Annual report of the Madras Medical College
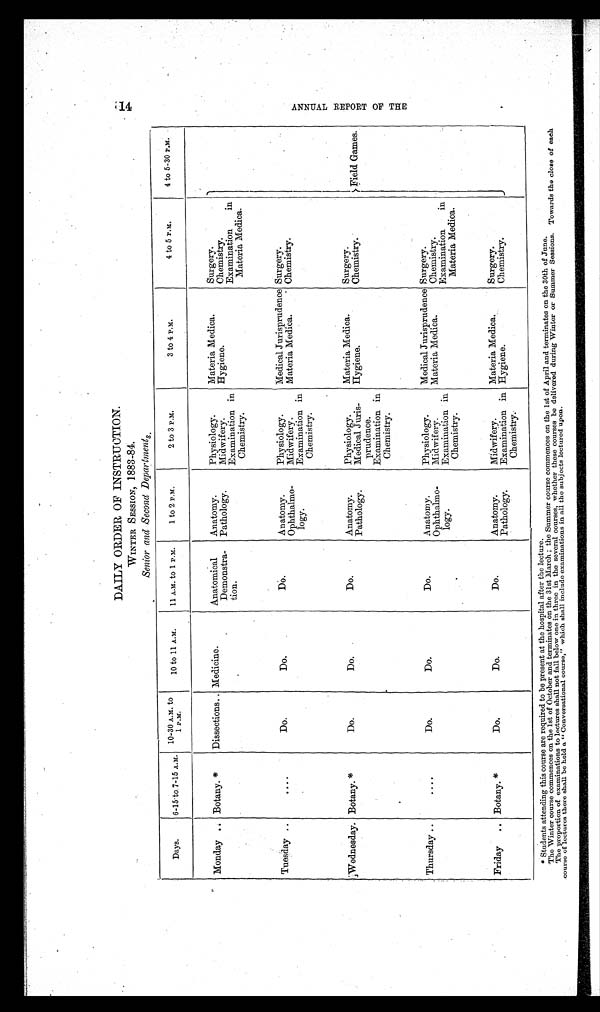
DAILY ORDER OF INSTRUCTION.
WINTER SESSION, 1883-84.
Senior and Second Departments.
Days.
6-15 to 7-15 A.M.
10-30 A .M. t o
1 P.M.
10 to 11 A.M.
11 A.M. to 1 P.M.
1 to 2 P.M.
2 to 3 P.M.
3 to 4 P.M.
4 to 5 P.M.
4 to 5-30 P.M.
Monday ..
Botany. *
Dissections. . Medicine.
Anatomical
Demonstra-
tion.
Anatomy.
Physiology.
Materia Medica.
Surgery.
Pathology.
Midwifery.
Hygiene.
Chemistry.
Examination in
Chemistry.
Examination
in
Materia Medica.
Field Games.
Tuesday ..
....
Do.
Do.
D o .
Anatomy.
Physiology.
Medical Jurisprudence Surgery.
Ophthalmo-
logy.
Midwifery.
Materia Medica.
Chemistry.
Examination in
Chemistry.
Wednesday. Botany. *
Do.
Do.
Do.
Anatomy.
Physiology.
Materia Medica.
Surgery.
Pathology.
Medical Juris-
prudence.
Hygiene.
Chemistry.
Examination in
Chemistry.
Thursday . .
....
Do.
Do.
Do.
Anatomy.
Physiology.
Medical Jurisprudence Surgery.
Ophthalmo-
logy.
Midwifery.
Materia Medica.
Chemistry.
Examination in
Chemistry.
Examination
in
Materia Medica.
Friday ..
Botany. *
Do.
Do.
Do.
Anatomy.
Midwifery.
Materia Medical.
Surgery.
Pathology.
Examination in
Chemistry.
Hygiene.
Chemistry.
* Students attending this course are required to be present at the hospital after the lecture.
The Winter course commences on the 1st of October and terminates on the 31st March ; the Summer course commences on the 1st of April and terminates on the 30th of June.
The proportion of examinations to lectures shall not fall below one in three in the several courses, whether these courses be delivered during Winter or Summer Sessions. Towards the close of each
course of lectures there shall be hold a "Conversational course," which shall include examinations in all the subjects lectured upon.
14
A N N U A L R E P O R T O F T H E